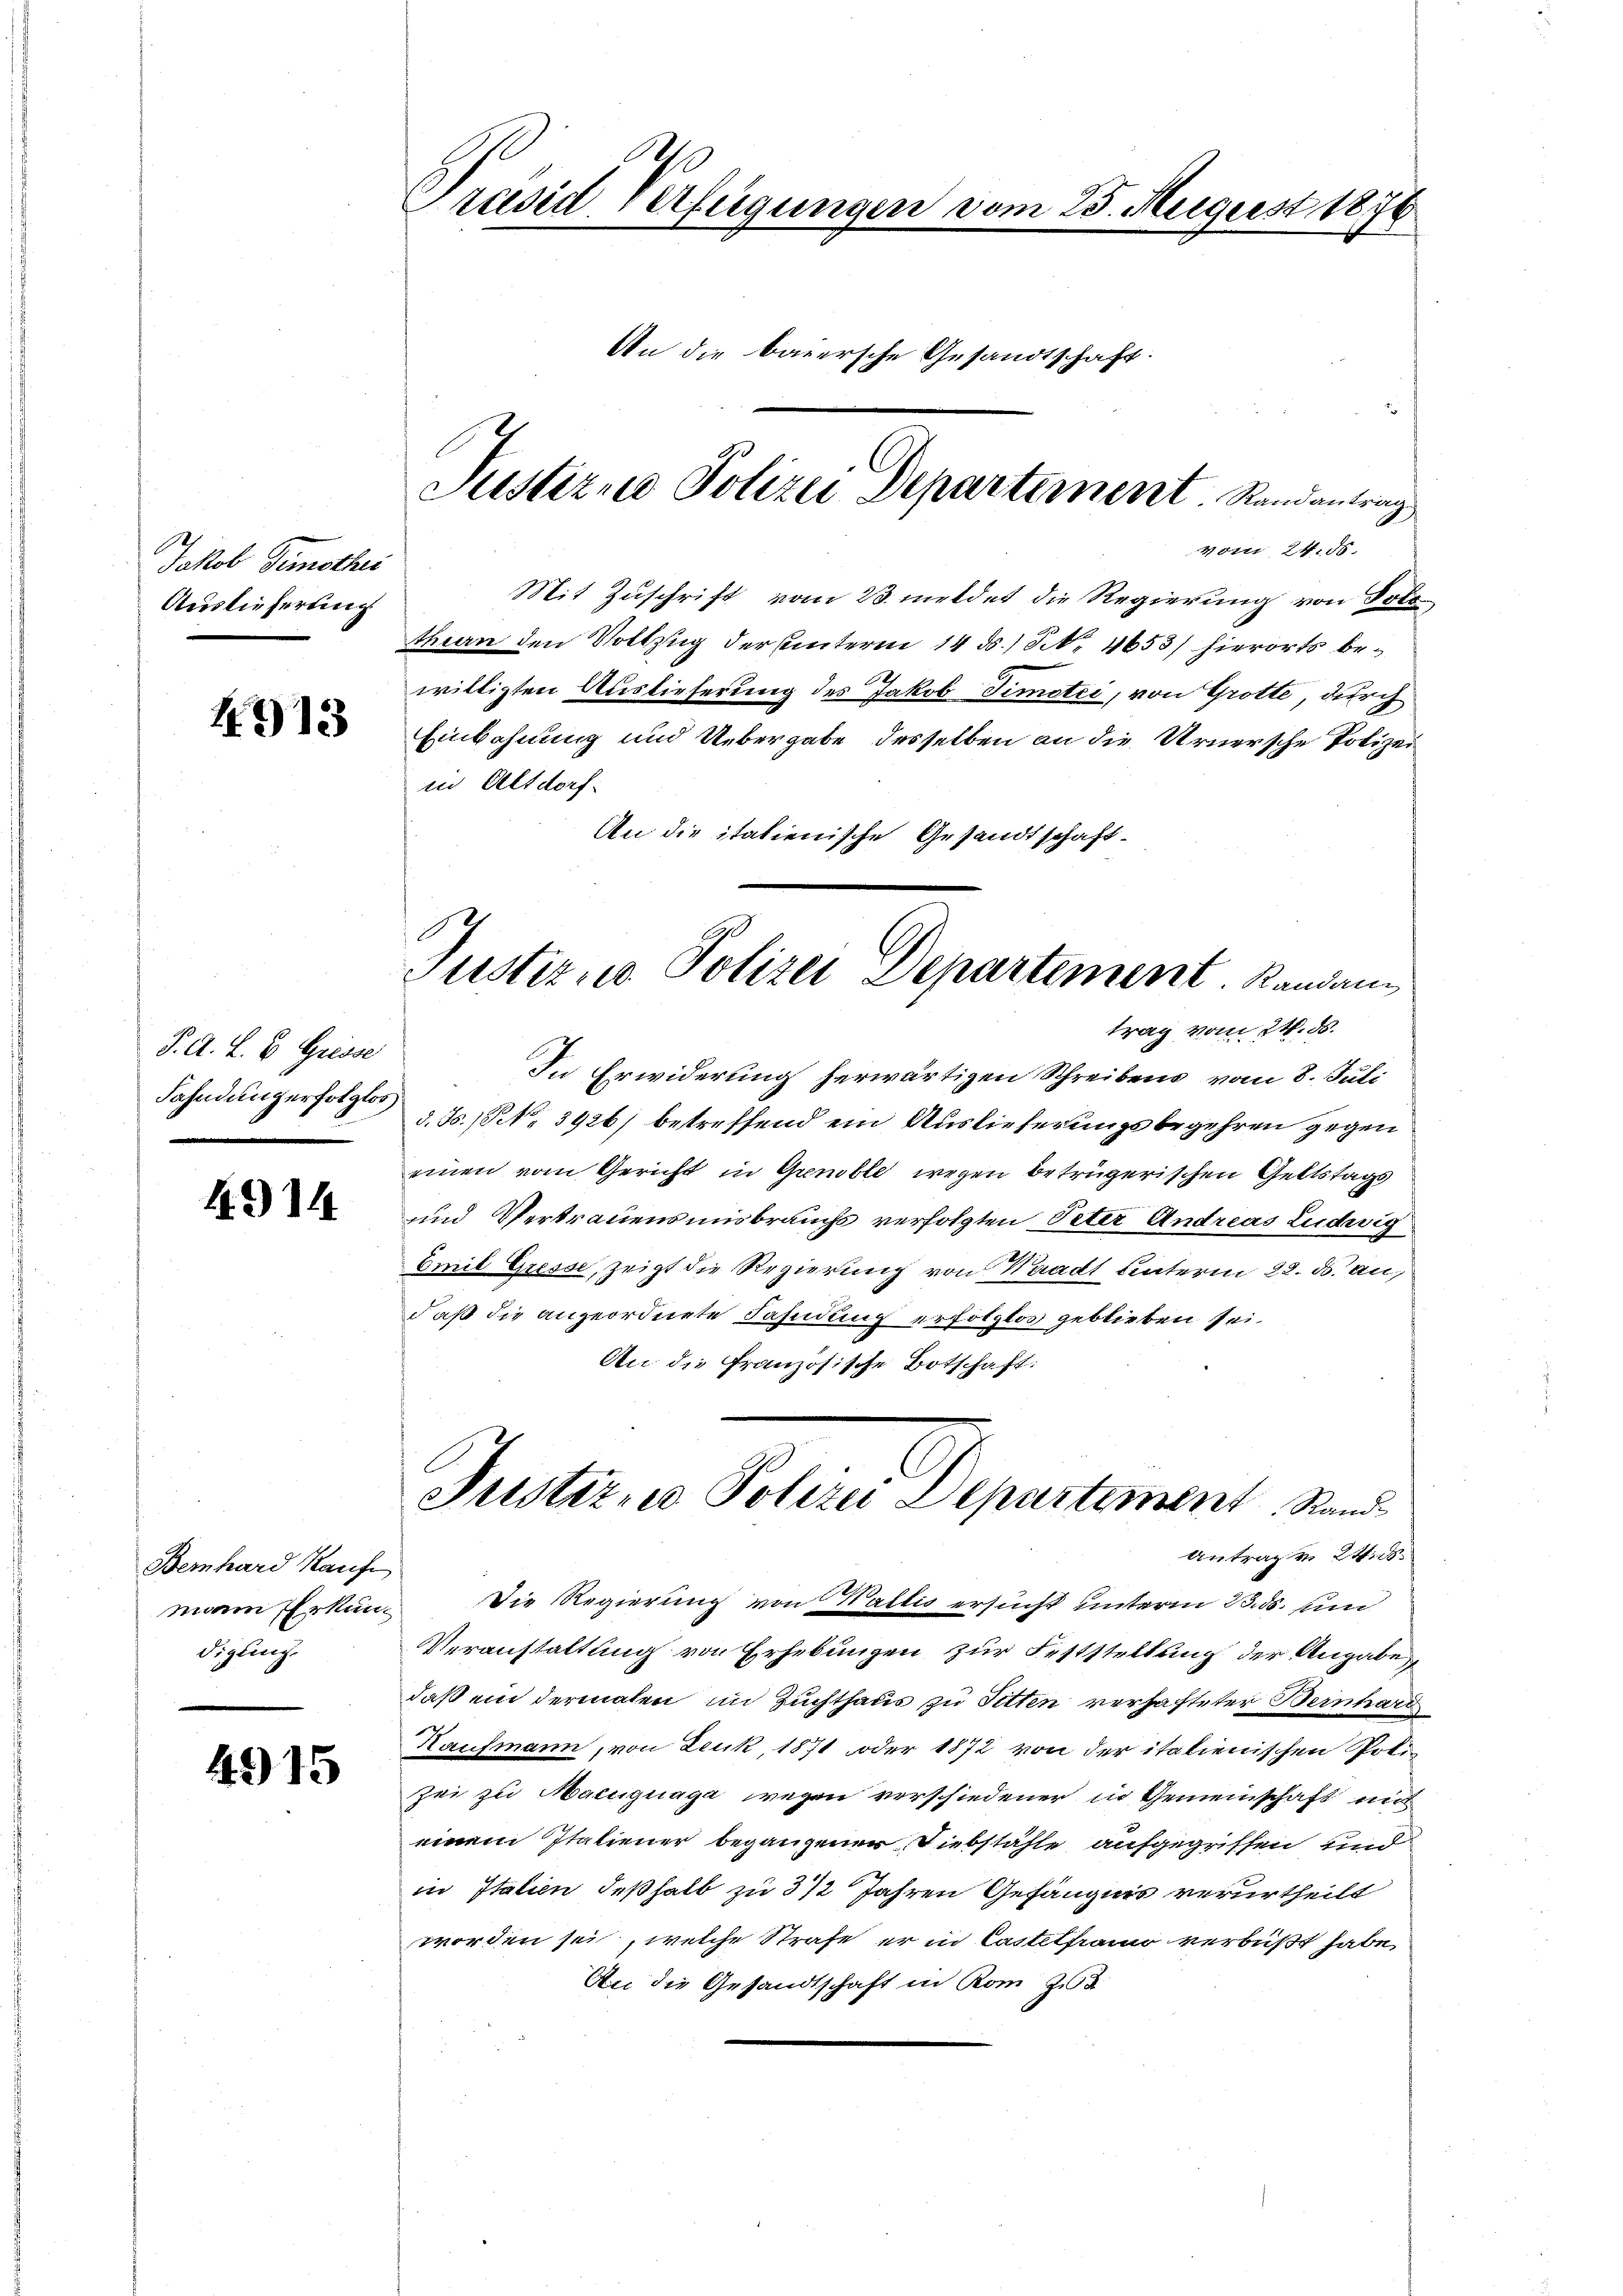
Jakob Simothei
Auslieferung.

4913

J. A. L. v. Grisse
Fahndung erfolglos

4914

Bernhard Kauf
mann Erkundigling.

4915

Präsid Verfügungen vom 25. August 1870
An die baiersche Gesandtschaft.
Justizna Polizei Departement Randantrag

Vor 24. 85.
Mit Zuschrift vom 23. meldet die Regierung von Tots
theen den Vollzug der unterm 14. ds. S. 4653) hierorts bewilligten Auslieferung des Jakob Timotei, von Grotte durch
Einbahnung und Uebergabe desselben an die Urnersche Polizei
in Altdorf.
An die italienische Gesandtschaft
In Erwiderung herwärtigen Schreibens vom 8. Juli
d. Js. No 3926) betreffend ein Auslieferungsbegehren gegen
einen vom Gericht in Gremble wegen betrügerischen Geltstags
und Vertrauensmisbrauchs verfolgten Peter Andreas Ludwig
Emil Gresse, zeigt die Regierung von Waadt unterm 22. ds. au
daß die angeordnete Fahndung erfolglos geblieben sei.
An die Französische Botschaft:
Prestirne Polizei Departement Stand
Antrag un tit.
Die Regierung von Wallis ersucht unterm 23. ds. un
Veranstaltung von Erhebungen zur Feststellung der Angabe
daß ein dermalen im Zuchthaus zu Titten verhafteter Bernhard
J
Haufmann, von Leuk 1871 oder 1872 von der italienischen Potiz
Zei zu Maciiguaga wegen verschiedener in Gemeinschaft mi
einem Italiener begangener Diebstähle aufgegriffen und
in Italien deßhalb zu 3 1/2 Jahren Gefängnis verurtheilt
worden sei, welche Strafe er in Castelframo verbüßt habe,
An die Gesandtschaft in Rom 23

Justiz, Polizei Departement. Randan
trag vom 24. ds.